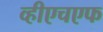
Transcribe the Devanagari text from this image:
व्हीएचएफ